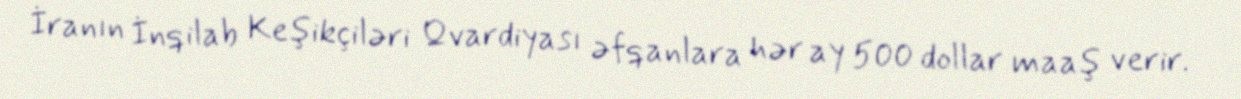
İranın İnqilab Keşikçiləri Qvardiyası əfqanlara hər ay 500 dollar maaş verir.